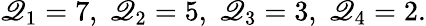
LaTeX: \mathscr{Q}_{1}=7,\; \mathscr{Q}_{2}=5,\; \mathscr{Q}_{3}=3,\; \mathscr{Q}_{4}=2.